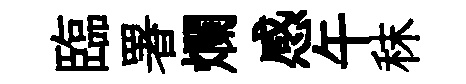
臨署爛感午秣